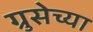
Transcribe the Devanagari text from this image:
ग्रुसेच्या